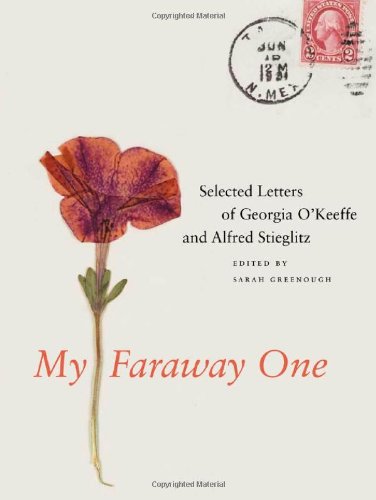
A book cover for My Faraway One: Selected Letters of Georgia O'Keeffe and Alfred Stieglitz: Volume One, 1915-1933 (Beinecke Rare Book and Manuscript Library); Literature & Fiction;